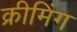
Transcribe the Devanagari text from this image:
क्रीमिंग